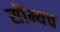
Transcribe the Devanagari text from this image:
सौम्यच